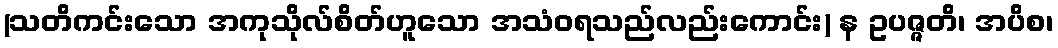
(သတိကင်းသော အကုသိုလ်စိတ်ဟူသော အသံဝရသည်လည်းကောင်း) န ဥပဇ္ဇတိ၊ အပိစ၊